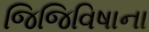
જિજિવિષાના